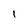
Character: 1